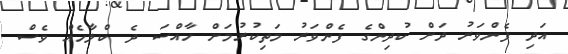
އަދި ފެންވަރު ދަށް ކުދިންގެ ފެންވަރު މަތިކުރުމަށް ހާއްސަ ދެ ކްލާހެއް ވެސް